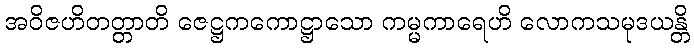
အဝိဇဟိတတ္တာတိ ဇေဋ္ဌကကောဋ္ဌာသော ကမ္မကာရေဟိ လောကသမုဒယန္တိ